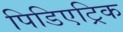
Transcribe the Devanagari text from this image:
पिडिएट्रिक